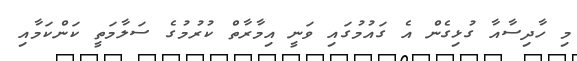
މި ހާދިސާއާ ގުޅިގެން އެ ގައުމުގައި ވަނީ އިމާރާތް ކުރުމުގެ ސަލާމަތީ ކަންކަމާއި